Calcutta medical institutions reports 1892-1900
Year: 1892
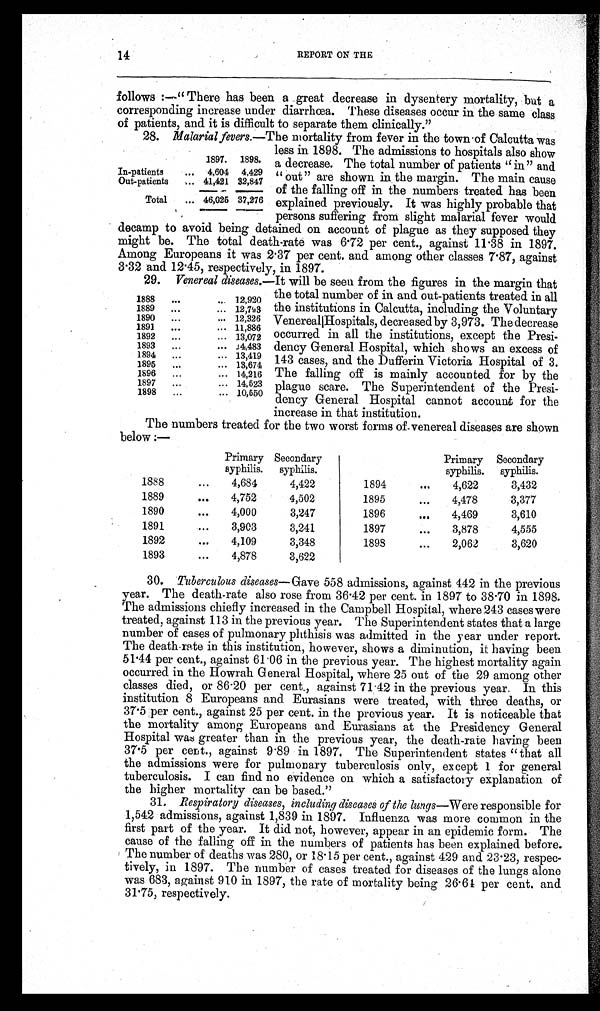
14
REPORT ON THE
follows:—"There has been a great decrease in dysentery mortality, but a
corresponding increase under diarrhœa. These diseases occur in the same class
of patients, and it is difficult to separate them clinically."
28. Malarial fevers.— The mortality from fever in the town of Calcutta was
1897. 1898.
In-patients
... 4,604 4,429
Out-patients
... 41,421 32,847
Total
... 46,025 37,276
less in 1898. The admissions to hospitals also show
a decrease. The total number of patients "in" and
"out" are shown in the margin. The main cause
of the falling off in the numbers treated has been
explained previously. It was highly probable that
persons suffering from slight malarial fever would
decamp to avoid being detained on account of plague as they supposed they
might be. The total death-rate was 6.72 per cent., against 11.38 in 1897.
Among Europeans it was 2.37 per cent. and among other classes 7.87, against
3.32 and 12.45, respectively, in 1897.
29. Venereal diseases.— It will be seen from the figures in the mar gin that
1888
. . .
... 12,920
1889
...
... 12,793
1890
...
... 12,326
1891
...
... 11,886
1892
...
... 13,072
1893
...
... 14,483
1894
...
... 13,419
1895
...
... 13,674
1896
...
... 14,216
1897
...
... 14,523
1898
...
... 10,550
the total number of in and out-patients treated in all
the institutions in Calcutta, including the Voluntary
Venereal Hospitals, decreased by 3,973. The decrease
occurred in all the institutions, except the Presi-
dency General Hospital, which shows an excess of
143 cases, and the Dufferin Victoria Hospital of 3.
The falling off is mainly accounted for by the
plague scare. The Superintendent of the Presi-
dency General Hospital cannot account for the
increase in that institution.
The numbers treated for the two worst forms of venereal diseases are shown
below:—
Primary
syphilis.
Secondary
syphilis.
Primary
syphilis.
Secondary
syphilis.
1888
...
4,684
4,422
1894
...
4,622
3,432
1889
...
4,752
4,502
1895
...
4,478
3,377
1890
...
4,000
3,247
1896
. . .
4,469
3,610
1891
...
3,903
3,241
1897
...
3,878
4,555
1892
...
4,109
3,348
1898
...
2,062
3,620
1893
...
4,878
3,622
30. Tuberculous diseases—Gave 558 admissions, against 442 in the previous
year. The death-rate also rose from 36.42 per cent. in 1897 to 38.70 in 1898.
The admissions chiefly increased in the Campbell Hospital, where 243 cases were
treated, against 113 in the previous year. The Superintendent states that a large
number of cases of pulmonary phthisis was admitted in the year under report.
The death-rate in this institution, however, shows a diminution, it having been
51.44 per cent., against 61.06 in the previous year. The highest mortality again
occurred in the Howrah General Hospital, where 25 out of the 29 among other
classes died, or 86.20 per cent., against 71.42 in the previous year. In this
institution 8 Europeans and Eurasians were treated, with three deaths, or
37.5 per cent., against 25 per cent. in the previous year. It is noticeable that
the mortality among Europeans and Eurasians at the Presidency General
Hospital was greater than in the previous year, the death-rate having been
37.5 per cent., against 9.89 in 1897. The Superintendent states "that all
the admissions were for pulmonary tuberculosis only, except 1 for general
tuberculosis. I can find no evidence on which a satisfactory explanation of
the higher mortality can be based."
31. Respiratory diseases, including diseases of the lungs—Were responsible for
1,542 admissions, against 1,839 in 1897. Influenza was more common in the
first part of the year. It did not, however, appear in an epidemic form. The
cause of the falling off in the numbers of patients has been explained before.
The number of deaths was 280, or 18.15 per cent., against 429 and 23 . 23, respec-
tively, in 1897. The number of cases treated for diseases of the lungs alone
was 683, against 910 in 1897, the rate of mortality being 26.64 per cent. and
31.75, respectively.